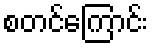
စတင်ကြောင်း